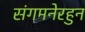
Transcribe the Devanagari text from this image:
संगमनेरहुन